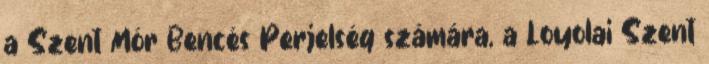
a Szent Mór Bencés Perjelség számára, a Loyolai Szent